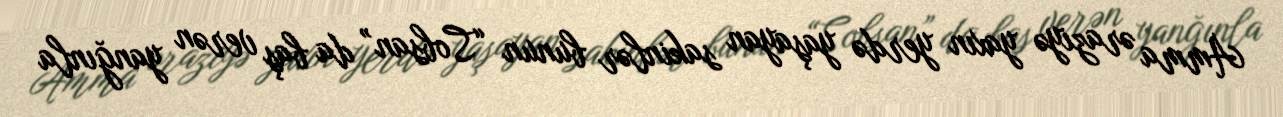
Amma əraziyə yaxın yerdə yaşayan sakinlər bunun “Sobsan” da baş verən yanğınla